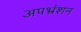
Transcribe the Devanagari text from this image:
अपभ्रंशन